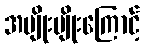
အမျိုးမျိုးကြောင့်